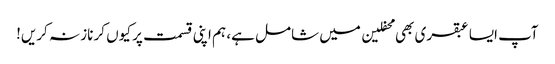
آپ ایسا عبقری بھی محفلین میں شامل ہے، ہم اپنی قسمت پر کیوں کر ناز نہ کریں!